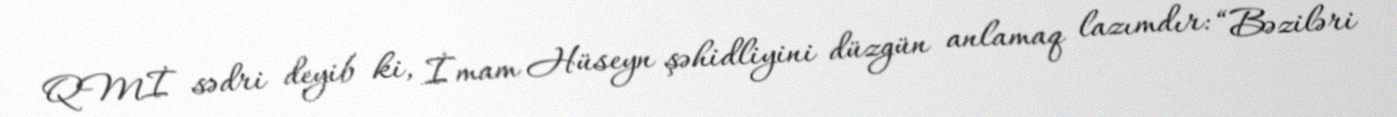
QMİ sədri deyib ki, İmam Hüseyn şəhidliyini düzgün anlamaq lazımdır: “Bəziləri